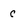
Character: c